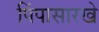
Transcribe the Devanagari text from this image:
पिंपासारखे